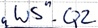
Text: "WS".Q2